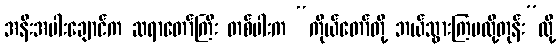
အနီးအပါးချောင်က ဆရာတော်ကြီး တစ်ပါးက “ကိုယ်တော်တို့ ဘယ်သွားကြမလို့တုန်း”လို့